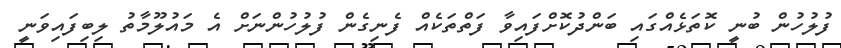
ފުލުހުން ބުނީ ކޮތަޅެއްގައި ބަންދުކޮށްފައިވާ ފަތްތަކެއް ފެނިގެން ފުލުހުންނަށް އެ މައުލޫމާތު ލިބިފައިވަނީ